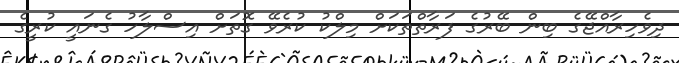
ދިވެހިރާއްޖޭގެ ބިން ބޭރުގެ ފަރާތްތަކަށް މިލްކު ކުރެވޭ ގޮތަށް އިސްލާހު ގެނައީ ކުރީގެ